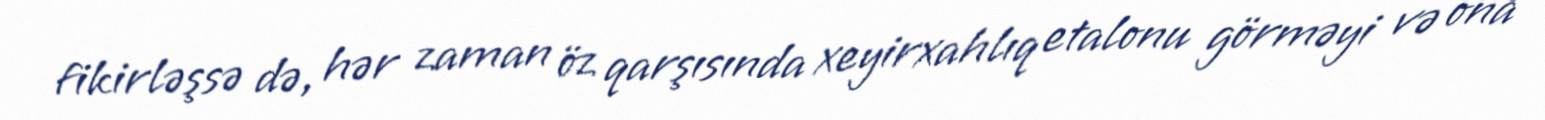
fikirləşsə də, hər zaman öz qarşısında xeyirxahlıq etalonu görməyi və ona